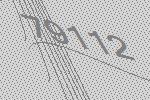
79112